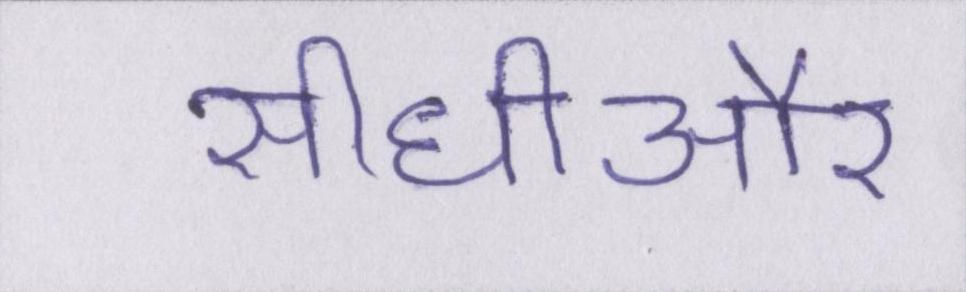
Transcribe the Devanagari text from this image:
सीधीऔर